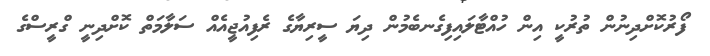
ފޯރުކޮށްދިނުން ތުރުކީ އިން ހުއްޓާލައިފިގެނބެމުން ދިޔަ ސީރިޔާގެ ރެފިއުޖީއެއް ސަލާމަތް ކޮށްދިނީ ގްރީސްގެ